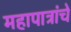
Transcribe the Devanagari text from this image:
महापात्रांचे